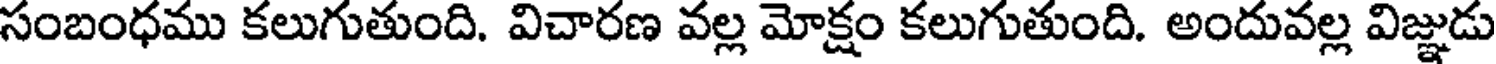
సంబంధము కలుగుతుంది. విచారణ వల్ల మోక్షం కలుగుతుంది. అందువల్ల విజ్ఞుడు